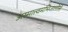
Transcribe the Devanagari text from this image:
अस्मात्त्वमभिजातोसि